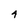
Character: 4